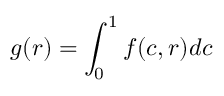
g ( r ) = \int _ { 0 } ^ { 1 } f ( c , r ) d c